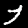
Digit: 7